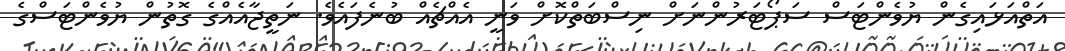
އަތްއަޅައިގެން ޔުވެންޓަސް ސަޕޯޓަރުންނަށް ނިސްބަތްކޮށް ވަނީ އެއްޗެއް ބުނެފައެވެ. ނަތީޖާއެއްގެ ގޮތުން ޔުވެންޓަސްގެ